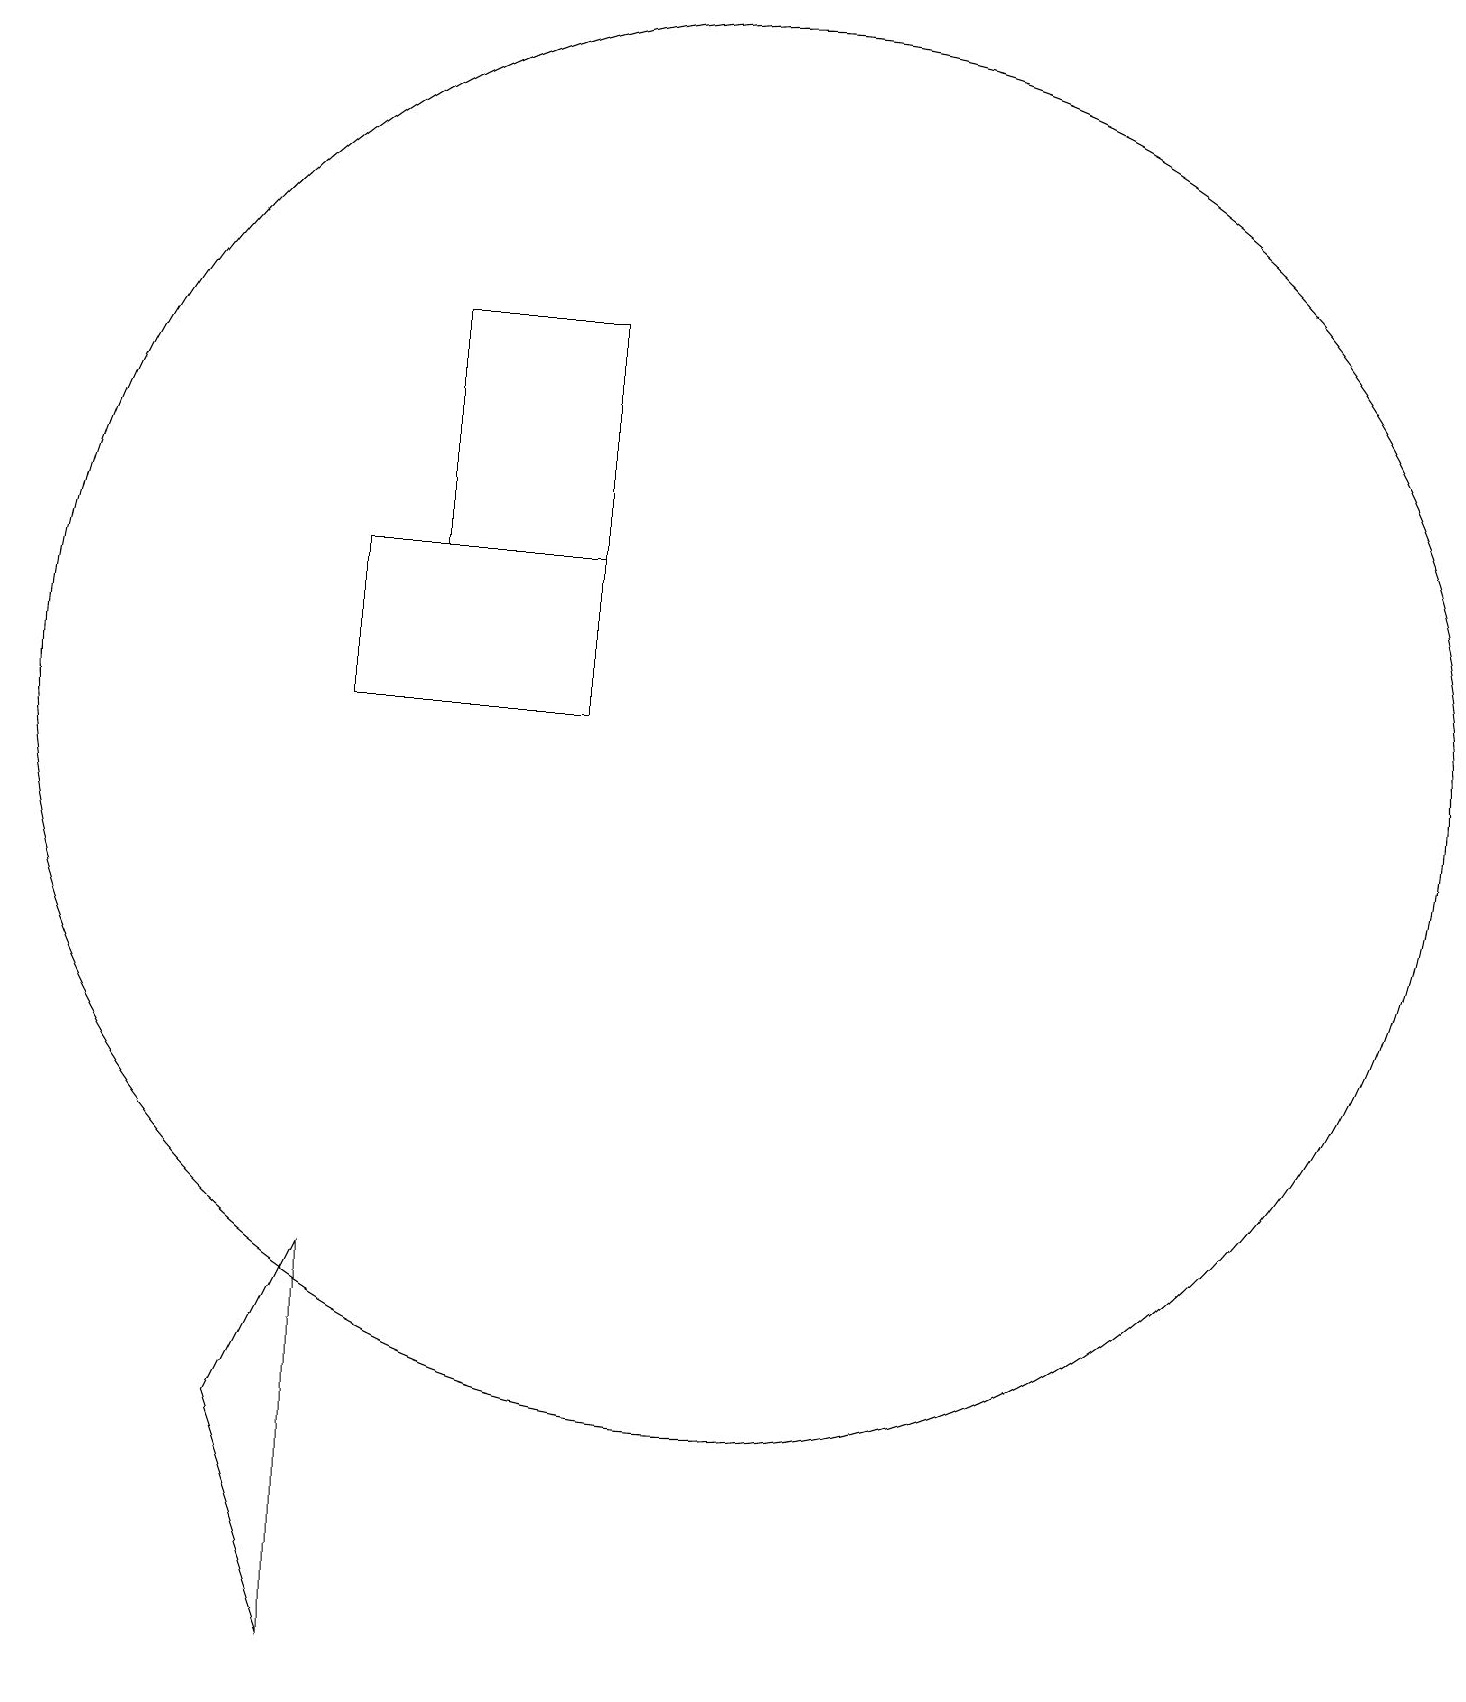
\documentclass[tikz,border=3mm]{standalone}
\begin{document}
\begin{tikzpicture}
\draw (6,5) -- (5,3) -- (6,0) -- cycle;
\draw (6,12) rectangle (9,14);
\draw (9,17) rectangle (7,14);
\draw (11,12) circle (9);
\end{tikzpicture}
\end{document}